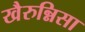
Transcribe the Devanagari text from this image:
खैरुन्निसा